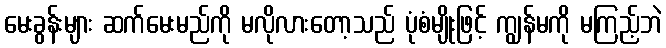
မေးခွန်းများ ဆက်မေးမည်ကို မလိုလားတော့သည် ပုံစံမျိုးဖြင့် ကျွန်မကို မကြည့်ဘဲ